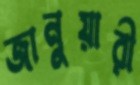
জানুয়ারী